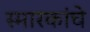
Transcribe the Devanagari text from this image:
स्मारकांचे